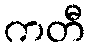
ကတီ